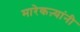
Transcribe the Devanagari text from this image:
मारेकऱ्यांनी